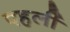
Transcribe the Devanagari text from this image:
पहलीं